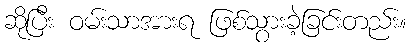
ဆိုပြီး ဝမ်းသာအားရ ဖြစ်သွားခဲ့ခြင်းတည်း။